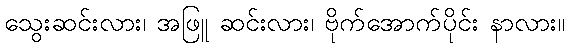
သွေးဆင်းလား၊ အဖြူ ဆင်းလား၊ ဗိုက်အောက်ပိုင်း နာလား။